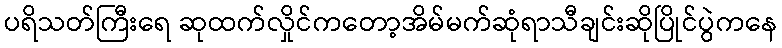
ပရိသတ်ကြီးရေ ဆုထက်လှိုင်ကတော့အိမ်မက်ဆုံရာသီချင်းဆိုပြိုင်ပွဲကနေ